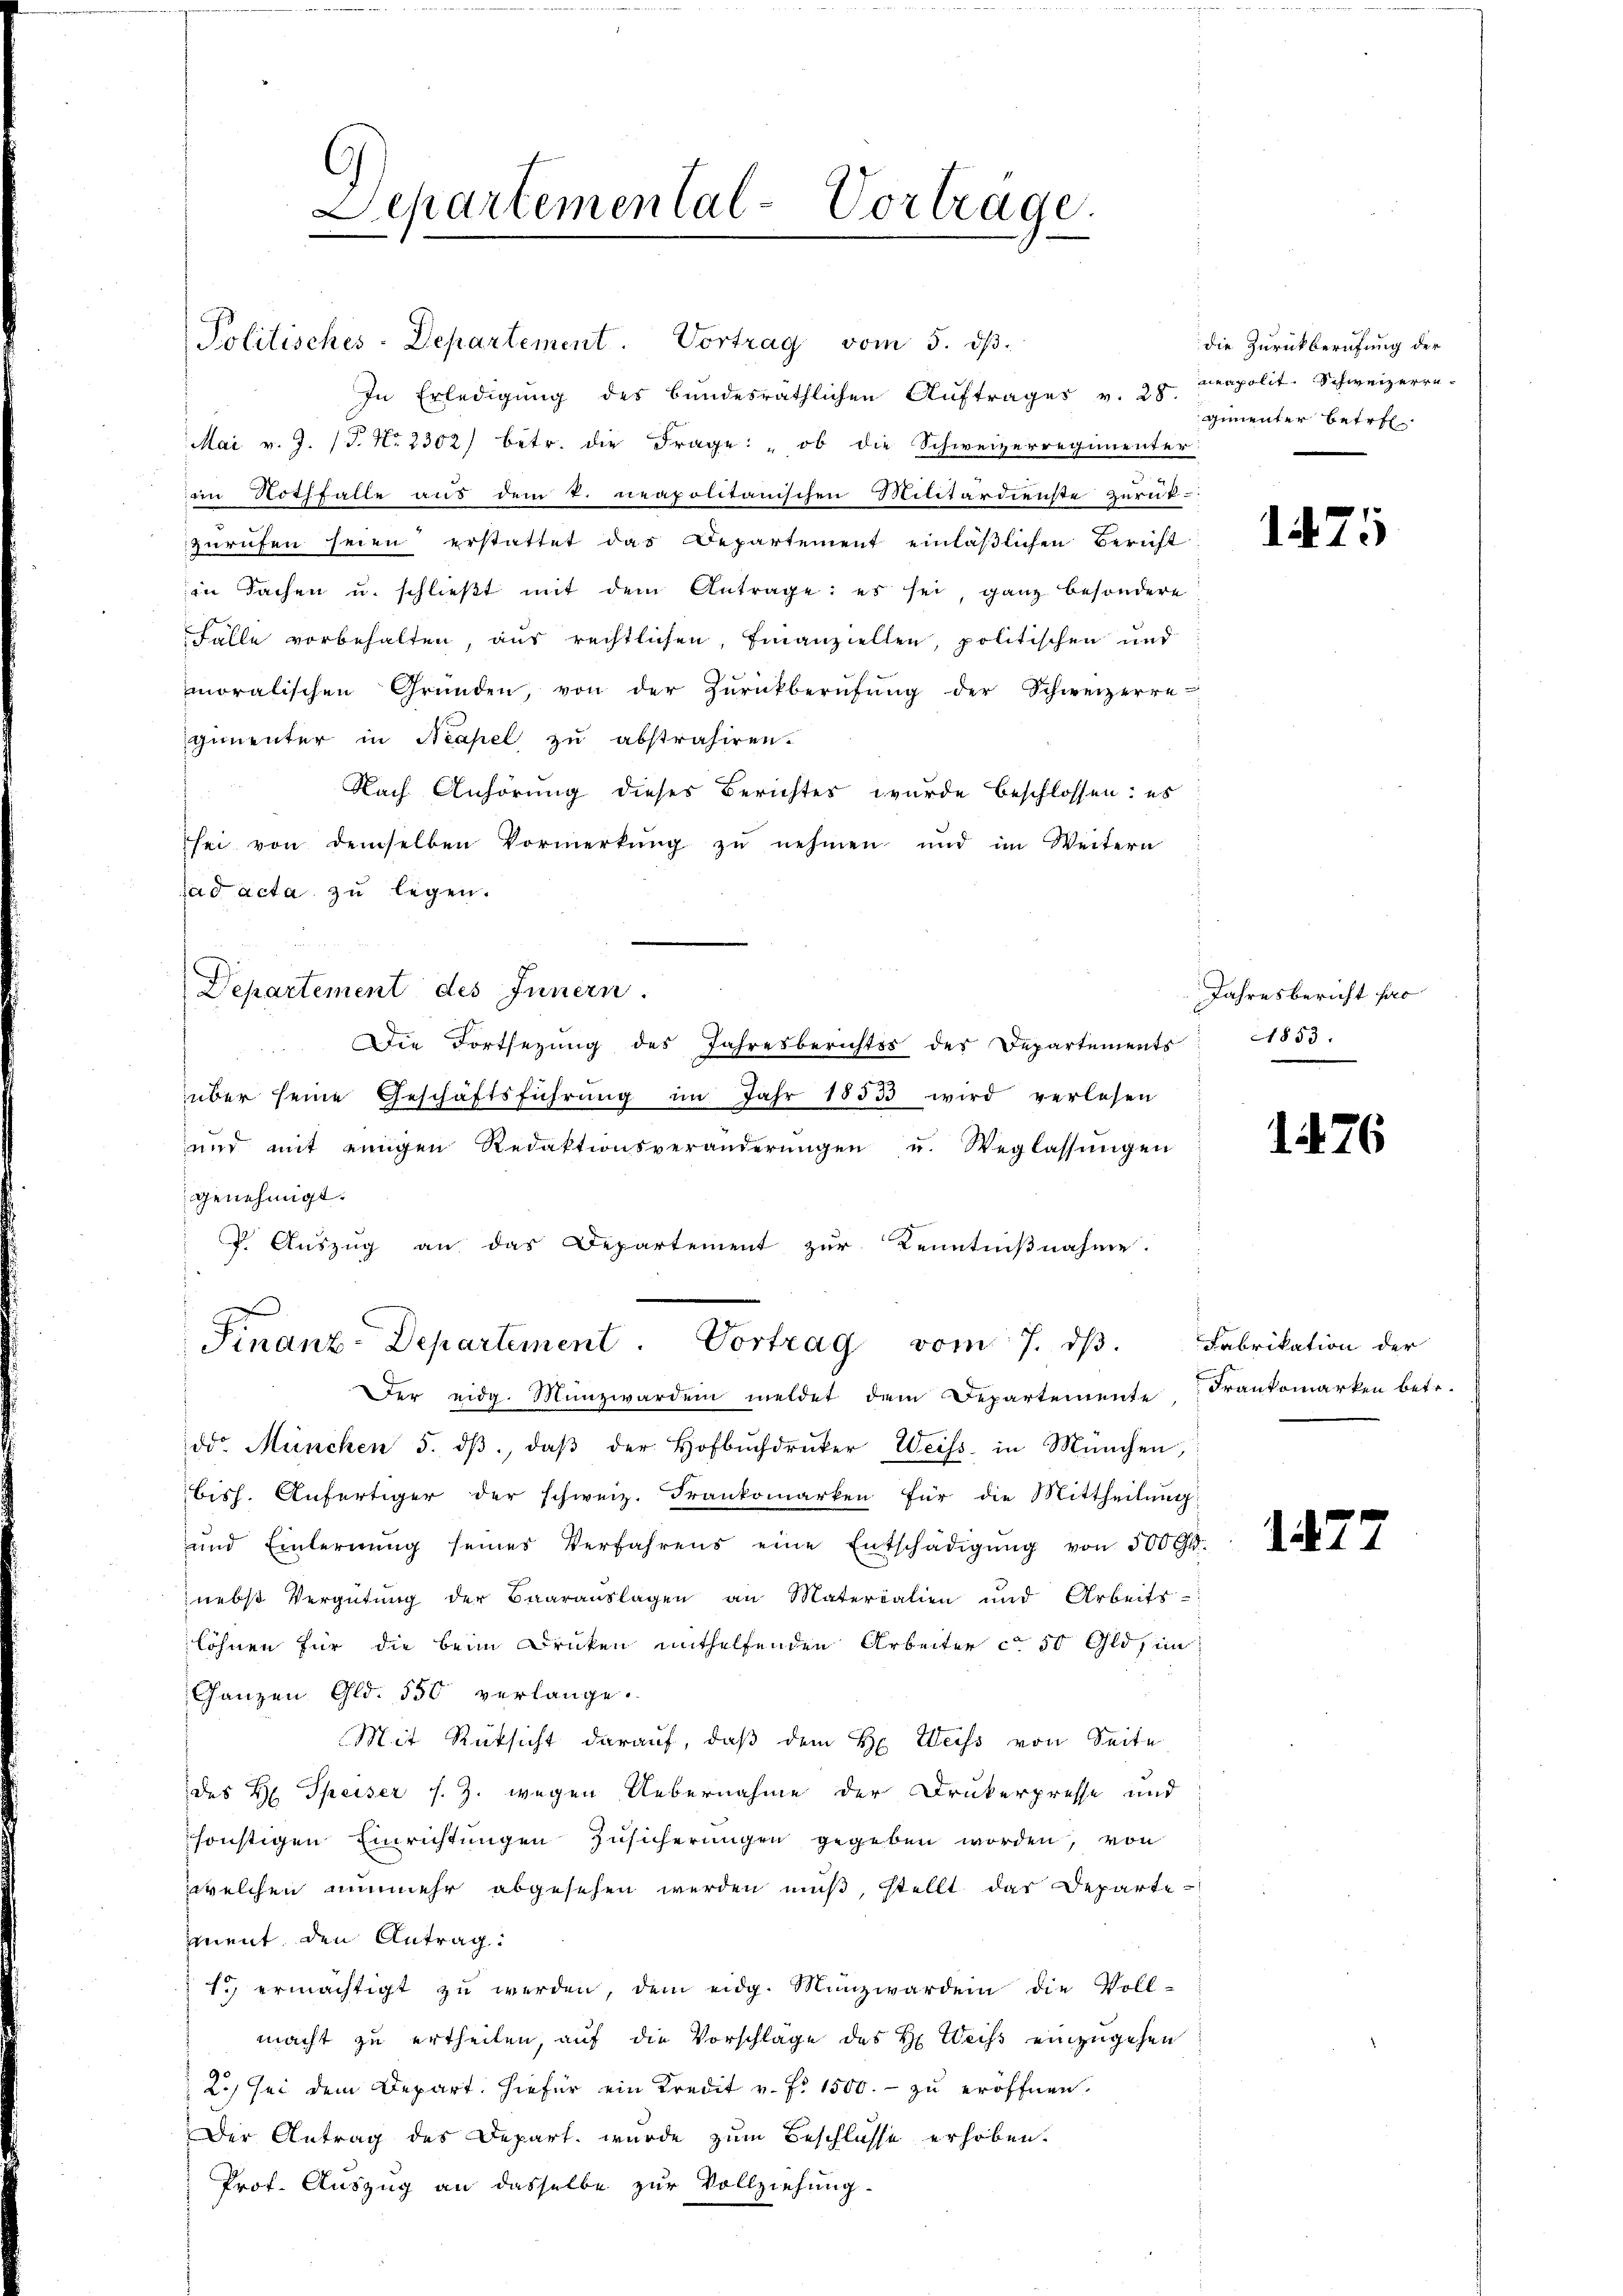
Politisches-Departement. Vortrag vom 5. dβ.
In Erledigŭng des bundesräthlichen Aŭftrages v. 28. neapolit. Schweizerre-
Mai v. J. J. No. 2302) betr. die Frage: „ob die Schweizerregimenter
im Nothfalle aus dem k. neapolitanischen Militärdienste zurük-
zurufen seien erstattet das Departement einläßlichen Bericht
in Sachen u. schlieβt mit dem Antrage: es sei ganz besondere
Fälle vorbehalten, aus rechtlichen, Finanziellen, politischen und
moralischen Gründen, von der Zŭrückberufung der Schweizerre-
gimenter in Neapel zu abstrahiren.
Nach Anhörung dieses Berichtes wurde beschlossen: es
sei von demselben Vormerkŭng zŭ nehmen und im Weitern
sad acta zu legen.
Die Fortsezung des Jahresberichts des Departements
über seine Geschäftsführŭng im Jahr 18533 wird verlesen
und mit einigen Redaktionsveränderŭngen u. Weglassŭngen
genehmigt.
. Auszug an das Departement zur Kenntnißnahme.
Finanz-Departement. Vortrag vom 7. dβ. Fabrikation der
Der eidg. Münzwarden meldet dem Departemente Frankomarken betr.
dr. München 5. dβ, daβ der Hofbŭchdrŭcker Weiss in München,
bisch. Anfertiger der schweiz. Frankomarken für die Mittheilung
und Einlernŭng seines Verfahrens eine Entschädigŭng von 500 Gl.
nebst Vergütung der Baarauslagen an Materialien und Arbeits-
löhnen für die beim Druken mithelfenden Arbeiter ca 50 Gld sin
Ganzen Gld. 550 verlange.
Mit Rüksicht darauf, daß dem H. Weiss von Seite
des H. Speiser s. Z. wegen Uebernahme der Drukerpresse und
sonstigen Einrichtungen Zusicherungen gegeben worden, von
welchen nunmehr abgesehen werden mŭβ, stellt das Departe
iment, den Antrag:
1. ermächtigt zŭ werden, dem eidg. Münzwerden die Voll-
macht zu ertheilen, auf die Vorschlage des H. Weiss einzugehen
2., sei dem Depart. Hiefür ein Kredit v. f. 1500.- zu eröffnen.
Der Antrag des Depart wurde zum Beschlusse erhoben.
Prof. Auszug an dasselbe zur Vollziehung.

Separtemental-Vortrage.

Departement des Innern.

die Zurückberufung der
ginenter Betret

147

Jahresbericht so
1853

142

5

1476.